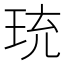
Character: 珫